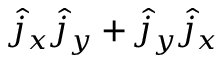
\hat { j } _ { x } \hat { j } _ { y } + \hat { j } _ { y } \hat { j } _ { x }